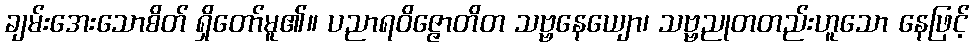
ချမ်းအေးသောစိတ် ရှိတော်မူ၏။ ပညာရဝိဇ္ဇောတိတ သဗ္ဗနေယျော၊ သဗ္ဗညုတတည်းဟူသော နေဖြင့်